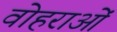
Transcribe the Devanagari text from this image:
वोहराओं